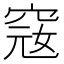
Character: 窛